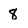
Character: 8